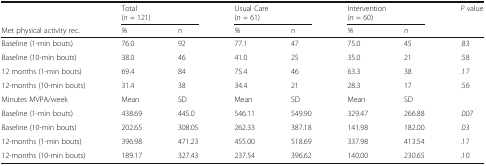
|  | <COLSPAN=2> Total(n = 121) | <COLSPAN=2> Usual Care(n = 61) | <COLSPAN=2> Intervention(n = 60) | P value |
 | Met physical activity rec. | % | n | % | n | % | n |  |
 | --- | --- | --- | --- | --- | --- | --- | --- |
 | Baseline (1-min bouts) | 76.0 | 92 | 77.1 | 47 | 75.0 | 45 | .83 |
 | Baseline (10-min bouts) | 38.0 | 46 | 41.0 | 25 | 35.0 | 21 | .58 |
 | 12 months (1-min bouts) | 69.4 | 84 | 75.4 | 46 | 63.3 | 38 | .17 |
 | 12-months (10-min bouts) | 31.4 | 38 | 34.4 | 21 | 28.3 | 17 | .56 |
 | Minutes MVPA/week | Mean | SD | Mean | SD | Mean | SD |  |
 | Baseline (1-min bouts) | 438.69 | 445.0 | 546.11 | 549.90 | 329.47 | 266.88 | .007 |
 | Baseline (10-min bouts) | 202.65 | 308.05 | 262.33 | 387.18 | 141.98 | 182.00 | .03 |
 | 12-months (1-min bouts) | 396.98 | 471.23 | 455.00 | 518.69 | 337.98 | 413.54 | .17 |
 | 12-months (10-min bouts) | 189.17 | 327.43 | 237.54 | 396.62 | 140.00 | 230.65 | .10 |